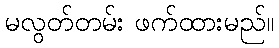
မလွတ်တမ်း ဖက်ထားမည်။